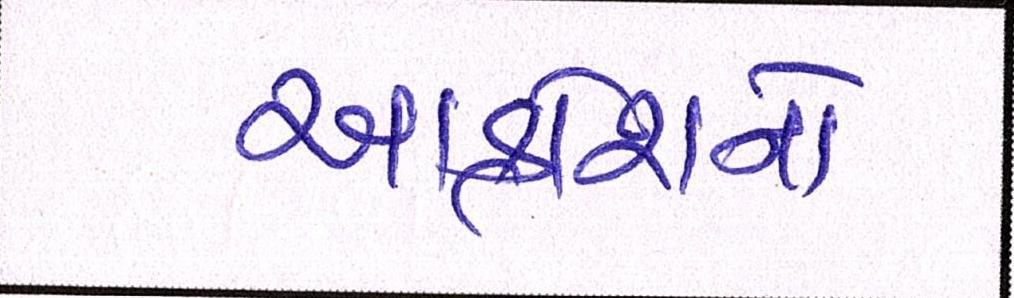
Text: આક્રોશનો